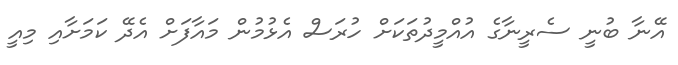
އޭނާ ބުނީ ސެރީނާގެ އުއްމީދުތަކަށް ހުރަސް އެޅުމުން މައާފަށް އެދޭ ކަމަށާއި މިއީ